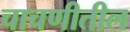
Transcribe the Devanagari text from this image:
चाचणीतील